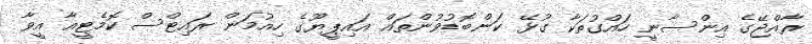
ރާއްޖޭގެ އިންސާނީ ހައްގުތަކާ ގުޅޭ ކަންބޮޑުވުންތައް އައިޕީޔޫގެ ހިއުމަން ރައިޓްސް ކޮމެޓީއާ އީވާ